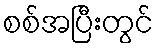
စစ်အပြီးတွင်